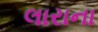
લારાના